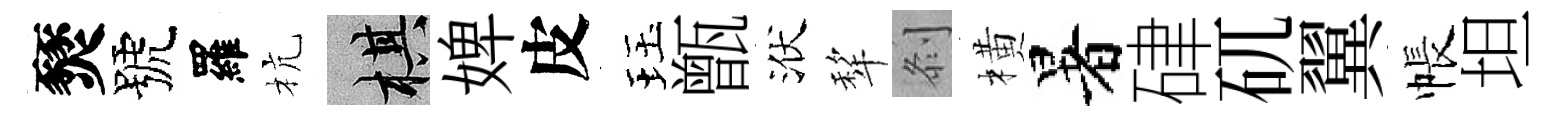
燹號羅杭棋婢皮珏甑洑犂𠛴橫暑硉矹翼帳坦